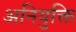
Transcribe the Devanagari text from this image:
अनियुक्ति